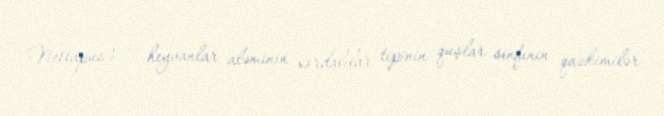
Nettapus) — heyvanlar aləminin xordalılar tipinin quşlar sinfinin qazkimilər